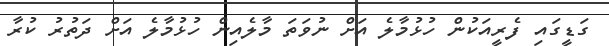
ގަޑީގައި ފެރީއަކުން ހުުޅުމާލެ އަށް ނުވަތަ މާލެއިން ހުޅުމާލެ އަށް ދަތުރު ކުރާ